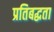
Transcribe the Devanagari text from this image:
प्रतिबद्घता